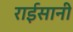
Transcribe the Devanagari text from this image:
राईसानी